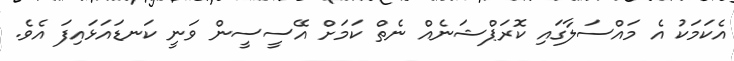
އެކަމަކު އެ މައްސަލާގައި ކޮރަޕްޝަނެއް ނެތް ކަމަށް އޭސީސީން ވަނީ ކަނޑައަޅައިފަ އެވެ.